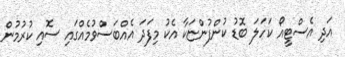
އަދި އެސްޓީއޯ ކަހަލަ ބޮޑު ކުންފުންޏަކާ އެކު މިފަދަ އެއްބަސްވުމެއްގައި ސޮއި ކުރުމުން